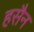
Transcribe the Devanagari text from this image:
हसैन